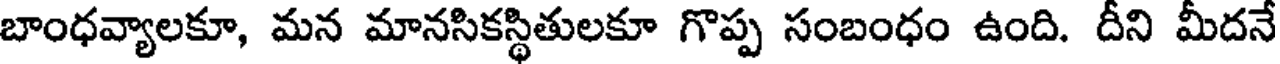
బాంధవ్యాలకూ, మన మానసికస్థితులకూ గొప్ప సంబంధం ఉంది. దీని మీదనే